Vaccination Hyderabad 1890-1903 - 1890-1903
Year: 1890
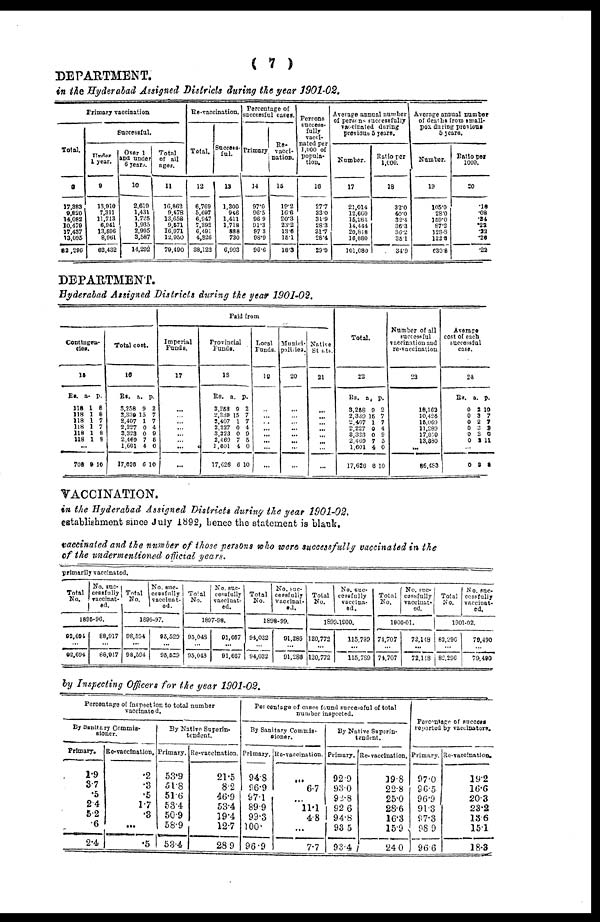
( 7 )
DEPARTMENT.
in the Hyderabad Assigned Districts during the year 1901-02.
Primary vaccination
Total.
8
17,883
9,620
14,082
10,479
17,437
13,095
82 ,296
Successful.
Under
1 year.
9
13,910
7,311
11,713
6,941
13,596
8,961
62,432
Over 1
and under
6 years.
10
2,619
1,431
1,725
1,935
2,995
3,587
14,292
Total
of all
ages.
11
16,862
9,478
13,658
9,571
16,971
12,950
79,490
Re-vaccination.
Total.
12
6,769
5,697
6,947
7,392
6,491
4,826
38,122
Success-
ful.
13
1,300
946
1,411
1,718
888
730
6,993
Percentage of
successful cases.
Primary
14
97.0
96.5
96.9
91.3
97.3
98.9
96.6
Re-
vacci-
nation.
15
19.2
16.6
20.3
23.2
13.6
15.1
18.3
Persons
success-
fully
vacci-
nated per
1,000 of
popula-
tion.
16
27.7
33.0
31.9
28.3
31.7
28.4
29.9
Average annual number
of persons successfully
vaccinated during
previous 5 years.
Number.
17
21,014
12,660 15,264 14,444 20,818
16,880
101,080
Ratio per
1,000.
18
32.0
40.0
32.4
36.3
36.2
35.1
34.9
Average annual number
of deaths from small-
pox during previous
5 years.
Number.
19
105.0
28.0
159.0
87.2
128.8
122.0
630.8
Ratio pet
1000.
20
.10
.08
.34 .22
.22
.20
.22
DEPARTMENT.
Hyderabad Assigned Districts during the year 1901-02.
Contingen-
cies.
15
Rs.
118
118
118
118
118
118
a.
1
1
1
1
1
1
p.
8
8
7
7
8
8
...
708 9 10
Total cost.
16
Rs.
3,258
2,339
2,407
2,227
3,323
2,469
1,601
17,626
a.
9
15
1
0
0
7
4
6
p.
2
7
7
4
9
6
0
10
Paid from
Imperial
Funds.
17
...
...
...
...
...
...
...
...
Provincial
Funds.
18
Rs.
3,258
2,339
2,407
2,227
3,323
2,469
1,601
17,626
a.
9
15
1
0
0
7
4
6
p.
2
7
7
4
9
5
0
10
Local
Funds.
19
...
...
...
...
...
...
...
...
Munici-
palities.
20
...
...
...
...
...
...
...
...
Native
Stats.
21
...
...
...
...
...
...
...
...
Total.
22
Rs.
3,258
2,339
2,407
2,227
3,323
2,469
1,601
17,626
a.
9
15
1
0
0
7
4
6
p.
2
7
7
4
9
5
0
10
Number of all
successful
vaccination and
re-vaccination.
23
18,163
10,424
15,069
11,289
17,859
13,880
...
86,483
Average
cost of each
successful
case.
24
Rs.
0
0
0
0
0
0
a.
2
3
2
3
3
2
p.
10
7
7
3
0
11
...
0 3 8
VACCINATION.
in the Hyderabad Assigned Districts during the year 1901-02.
establishment since July 1892, hence the statement is blank.
vaccinated and the number of those persons who were successfully vaccinated in the
of the undermentioned official years.
primarily vaccinated.
Total
No.
No. suc-
cessfully
vaccinat-
ed.
1895-96.
92,694
...
92,694
88,917
...
88,917
Total
No.
No. suc-
cessfully
vaccinat-
ed.
1896-97.
98,594
...
98,594
93,529
...
95,529
Total
No.
No. suc-
cessfully
vaccinat-
ed.
1897-98.
95,048
...
95,048
91,667
...
91,667
Total
No.
No. suc-
cessfuliy
vaccinat-
ed.
1898-99.
94,032
...
94,032
91,286
...
91,286
Total
No.
No. suc-
cessfully
vaccina-
ed.
1899-1900.
120,772
...
120,772
115,789
...
115,789
Total
No.
No. suc-
cessfully
vaccinat-
ed.
1900-01.
74,707
...
74,707
72,148
...
72,148
Total
No.
No. suc-
cessfully
vaccinat-
ed.
1901-02.
82,296
...
82,296
79,490
...
79,490
by Inspecting Officers for the year 1901-02.
Percentage of Inspection to total number
vaccinated.
By Sanitary Commis-
sioner.
Primary.
1.9
3.7
.5
2.4
5.2
.6
2.4
Re-vaccination.
.2
.3
.5
1.7
.3
...
.5
By Native Superin-
tendent.
Primary.
53.9
51.8
51.6
53.4
50.9
58.9
53.4
Re-vaccination.
21.5
8.2
46.9
53.4
19.4
12.7
28.9
Percentage of cases found successful of total
number inspected.
By Sanitary Commis-
sioner.
Primary.
94.8
96.9
97.1
89.9
99.3
100.
96.9
Re-vaccination.
...
6.7
...
11.1
4.8
...
7.7
By Native Superin-
tendent.
Primary.
92.9
93.0
92.8
92.6
94.8
93.5
93.4
Re-vaccination.
19.8
22.8
25.0
28.6
16.3
15.9
24.0
Percentage of success
reported by vaccinators.
Primary.
97.0
96.5
96.9
91.3
97.3
98.9
96.6
Re-vaccination.
19.2
16.6
20.3
23.2
13.6
15.1
18.3